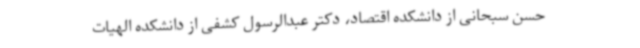
حسن سبحانی از دانشکده اقتصاد، دکتر عبدالرسول کشفی از دانشکده الهیات